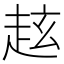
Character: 𧺻